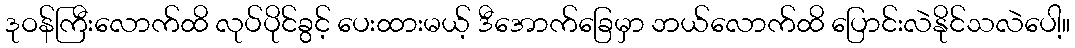
ဒုဝန်ကြီးလောက်ထိ လုပ်ပိုင်ခွင့် ပေးထားမယ့် ဒီအောက်ခြေမှာ ဘယ်လောက်ထိ ပြောင်းလဲနိုင်သလဲပေါ့။